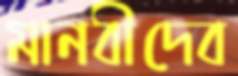
মানবীদেব